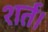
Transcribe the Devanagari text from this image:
शर्त।